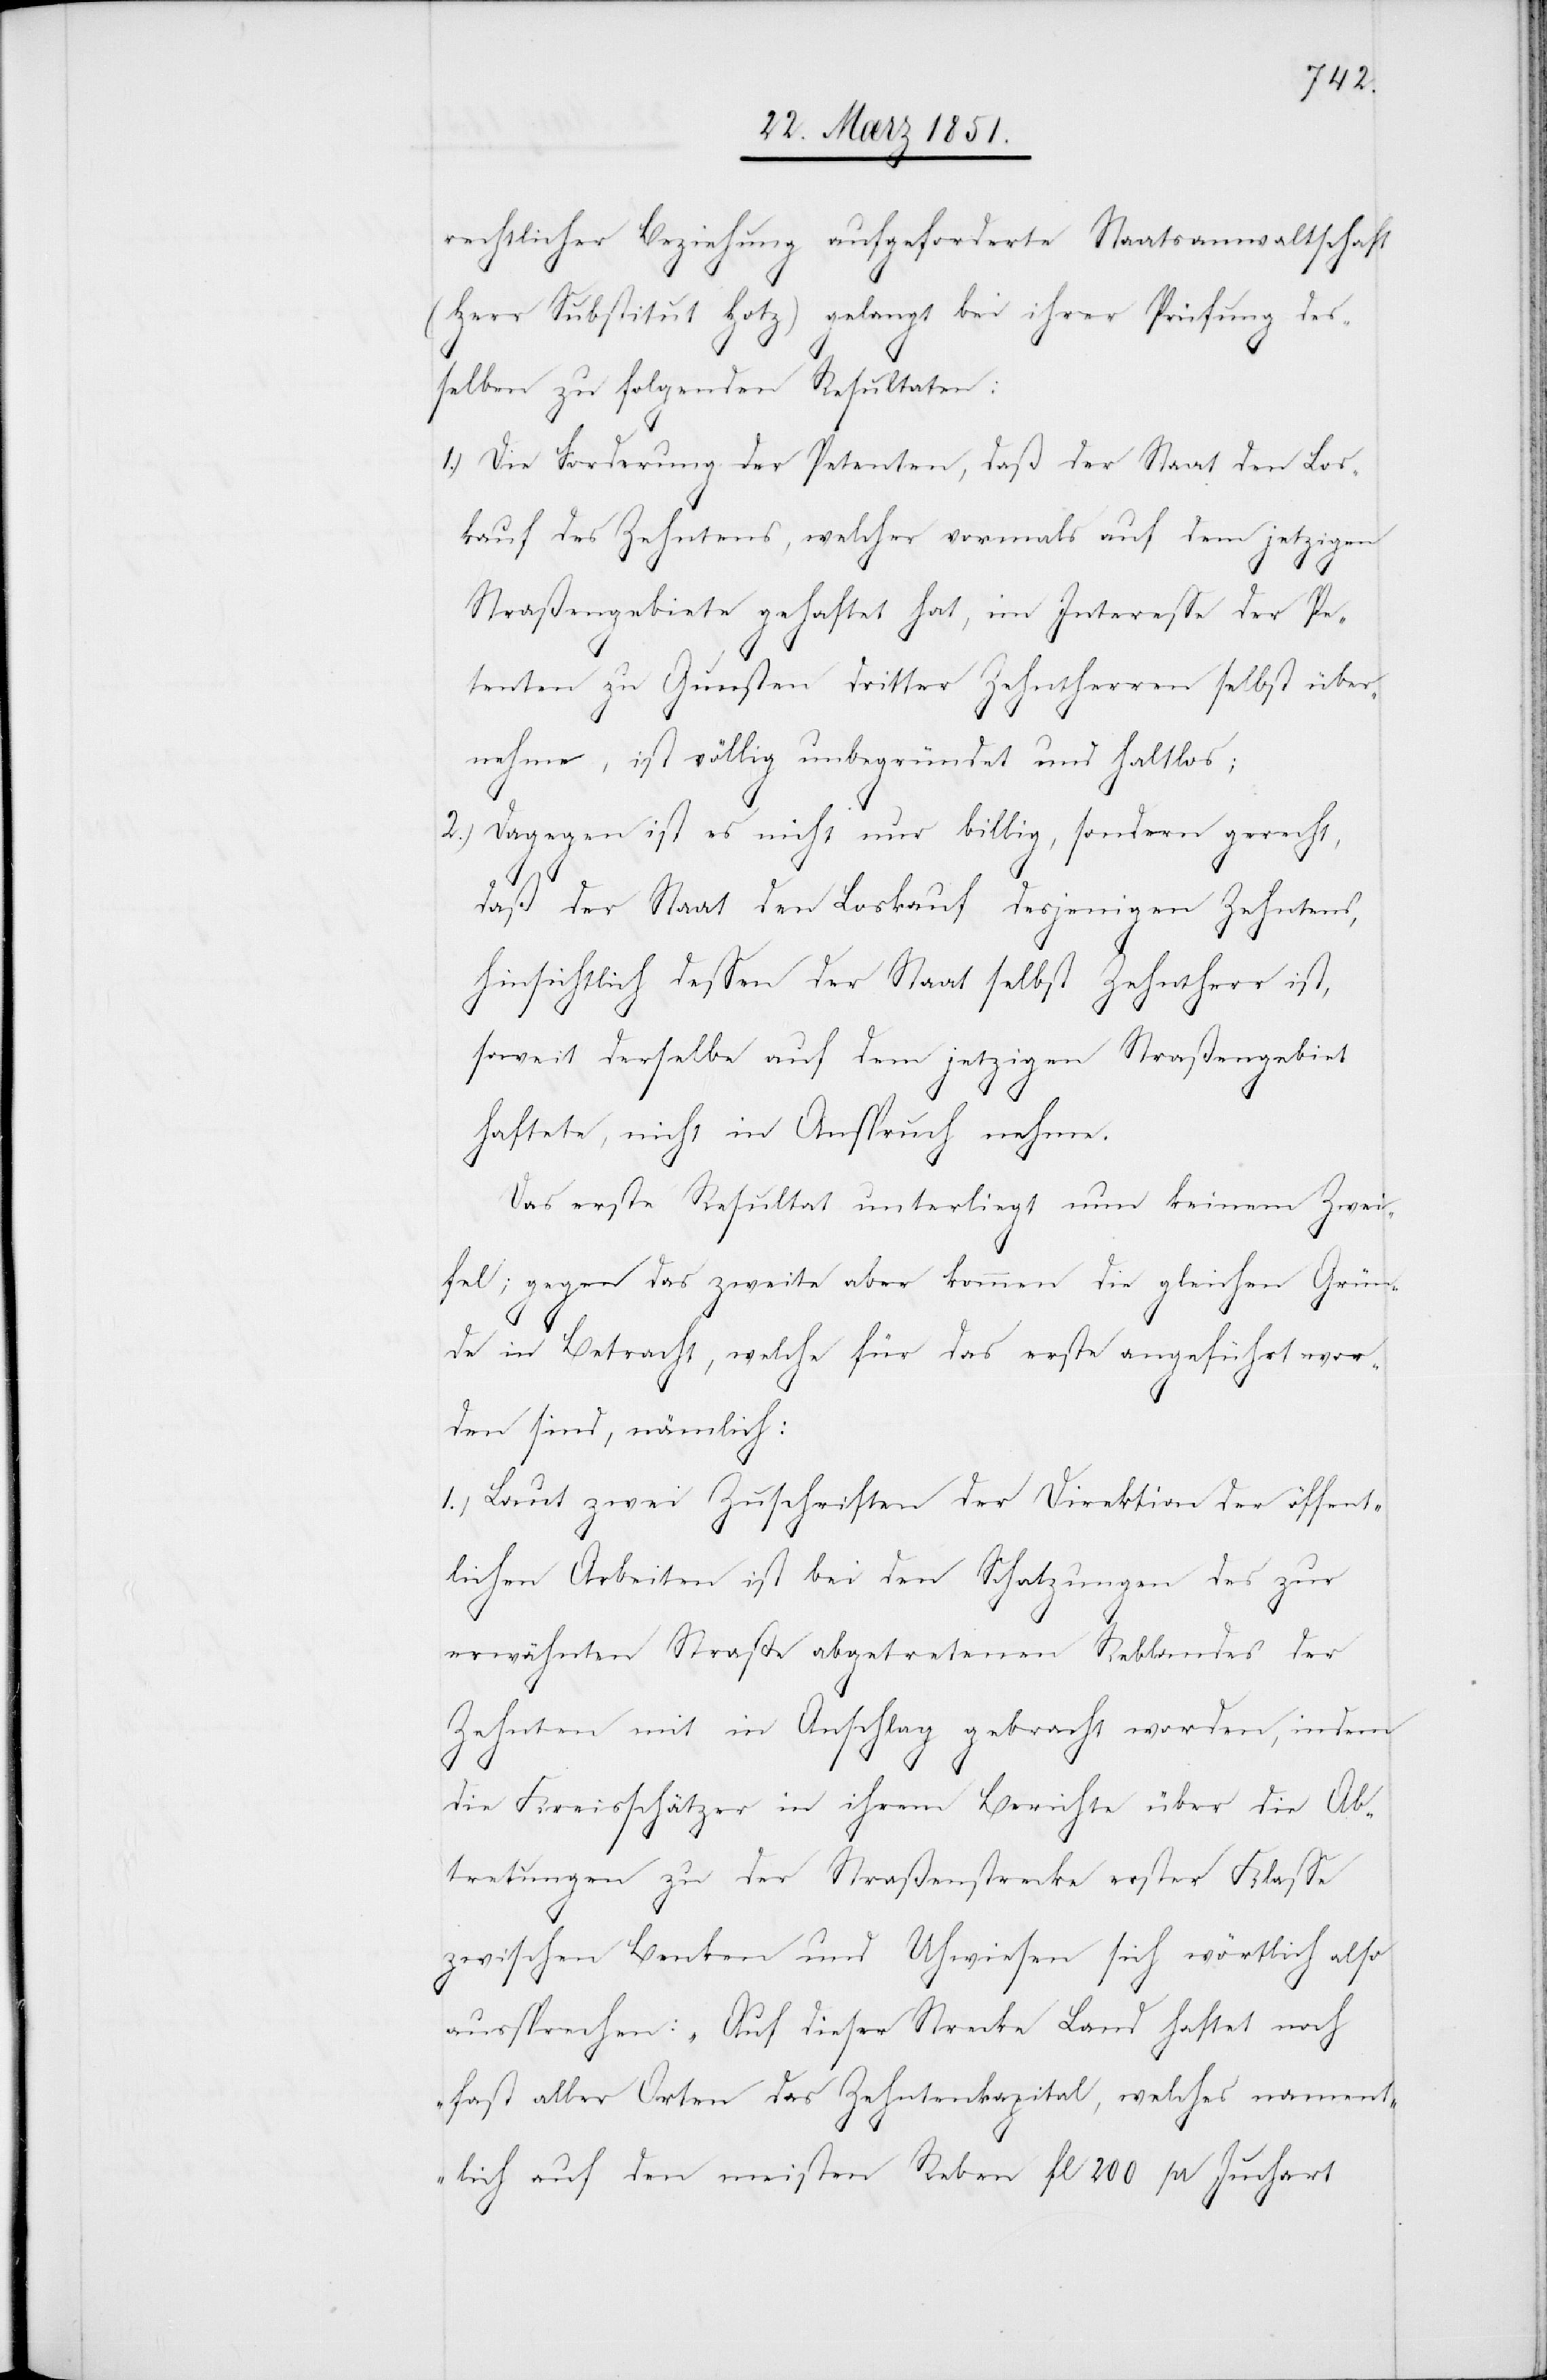
rechtlicher Beziehung aufgeforderte Staatsanwaltschaft
(Herr Substitut Hotz) gelangt bei ihrer Prüfung des¬
selben zu folgenden Resultaten:
Die Forderung der Petenten, daß der Staat den Los¬
kauf des Zehntens, welcher vormals auf dem jetzigen
Straßengebiete gehaftet hat, im Interesse der Pe¬
tenten zu Gunsten dritter Zehntherren selbst über¬
nehme, ist völlig unbegründet und haltlos;
Dagegen ist es nicht nur billig, sondern gerecht,
daß der Staat den Loskauf desjenigen Zehntens,
hinsichtlich dessen der Staat selbst Zehntherr ist,
soweit derselbe auf dem jetzigen Straßengebiet
haftete, nicht in Anspruch nehme.
Das erste Resultat unterliegt nun keinem Zwei¬
fel; gegen das zweite aber kommen die gleichen Grün¬
de in Betracht, welche für das erste angeführt wor¬
den sind, nämlich:
1.) Laut zwei Zuschriften der Direktion der öffent¬
lichen Arbeiten ist bei den Schatzungen des zur
erwähnten Straße abgetretenen Reblandes der
Zehnten mit in Anschlag gebracht worden, indem
die Kreisschätzer in ihrem Berichte über die Ab¬
tretungen zu der Straßenstrecke erster Klasse
zwischen Benken und Uhwiesen sich wörtlich also
aussprechen: „Auf dieser Strecke Land haftet noch
fast aller Orten das Zehntenkapital, welches nament¬
lich auf den meisten Reben fl 200 pr Juchart